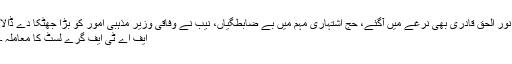
نور الحق قادری بھی نرغے میں آگئے، حج اشتہاری مہم میں بے ضابطگیاں، نیب نے وفاقی وزیر مذہبی امور کو بڑا جھٹکا دے ڈالا
ایف اے ٹی ایف گرے لسٹ کا معاملہ ۔